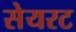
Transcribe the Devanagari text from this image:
सेयरट